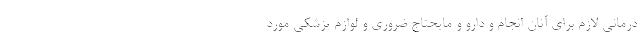
درمانی لازم برای آنان انجام و دارو و مایحتاج ضروری و لوازم پزشکی مورد